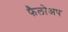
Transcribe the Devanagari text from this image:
फैलोअप